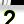
Digit: 2